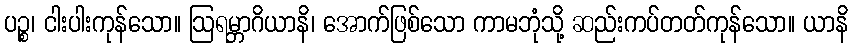
ပဉ္စ၊ ငါးပါးကုန်သော။ ဩရမ္ဘာဂိယာနိ၊ အောက်ဖြစ်သော ကာမဘုံသို့ ဆည်းကပ်တတ်ကုန်သော။ ယာနိ